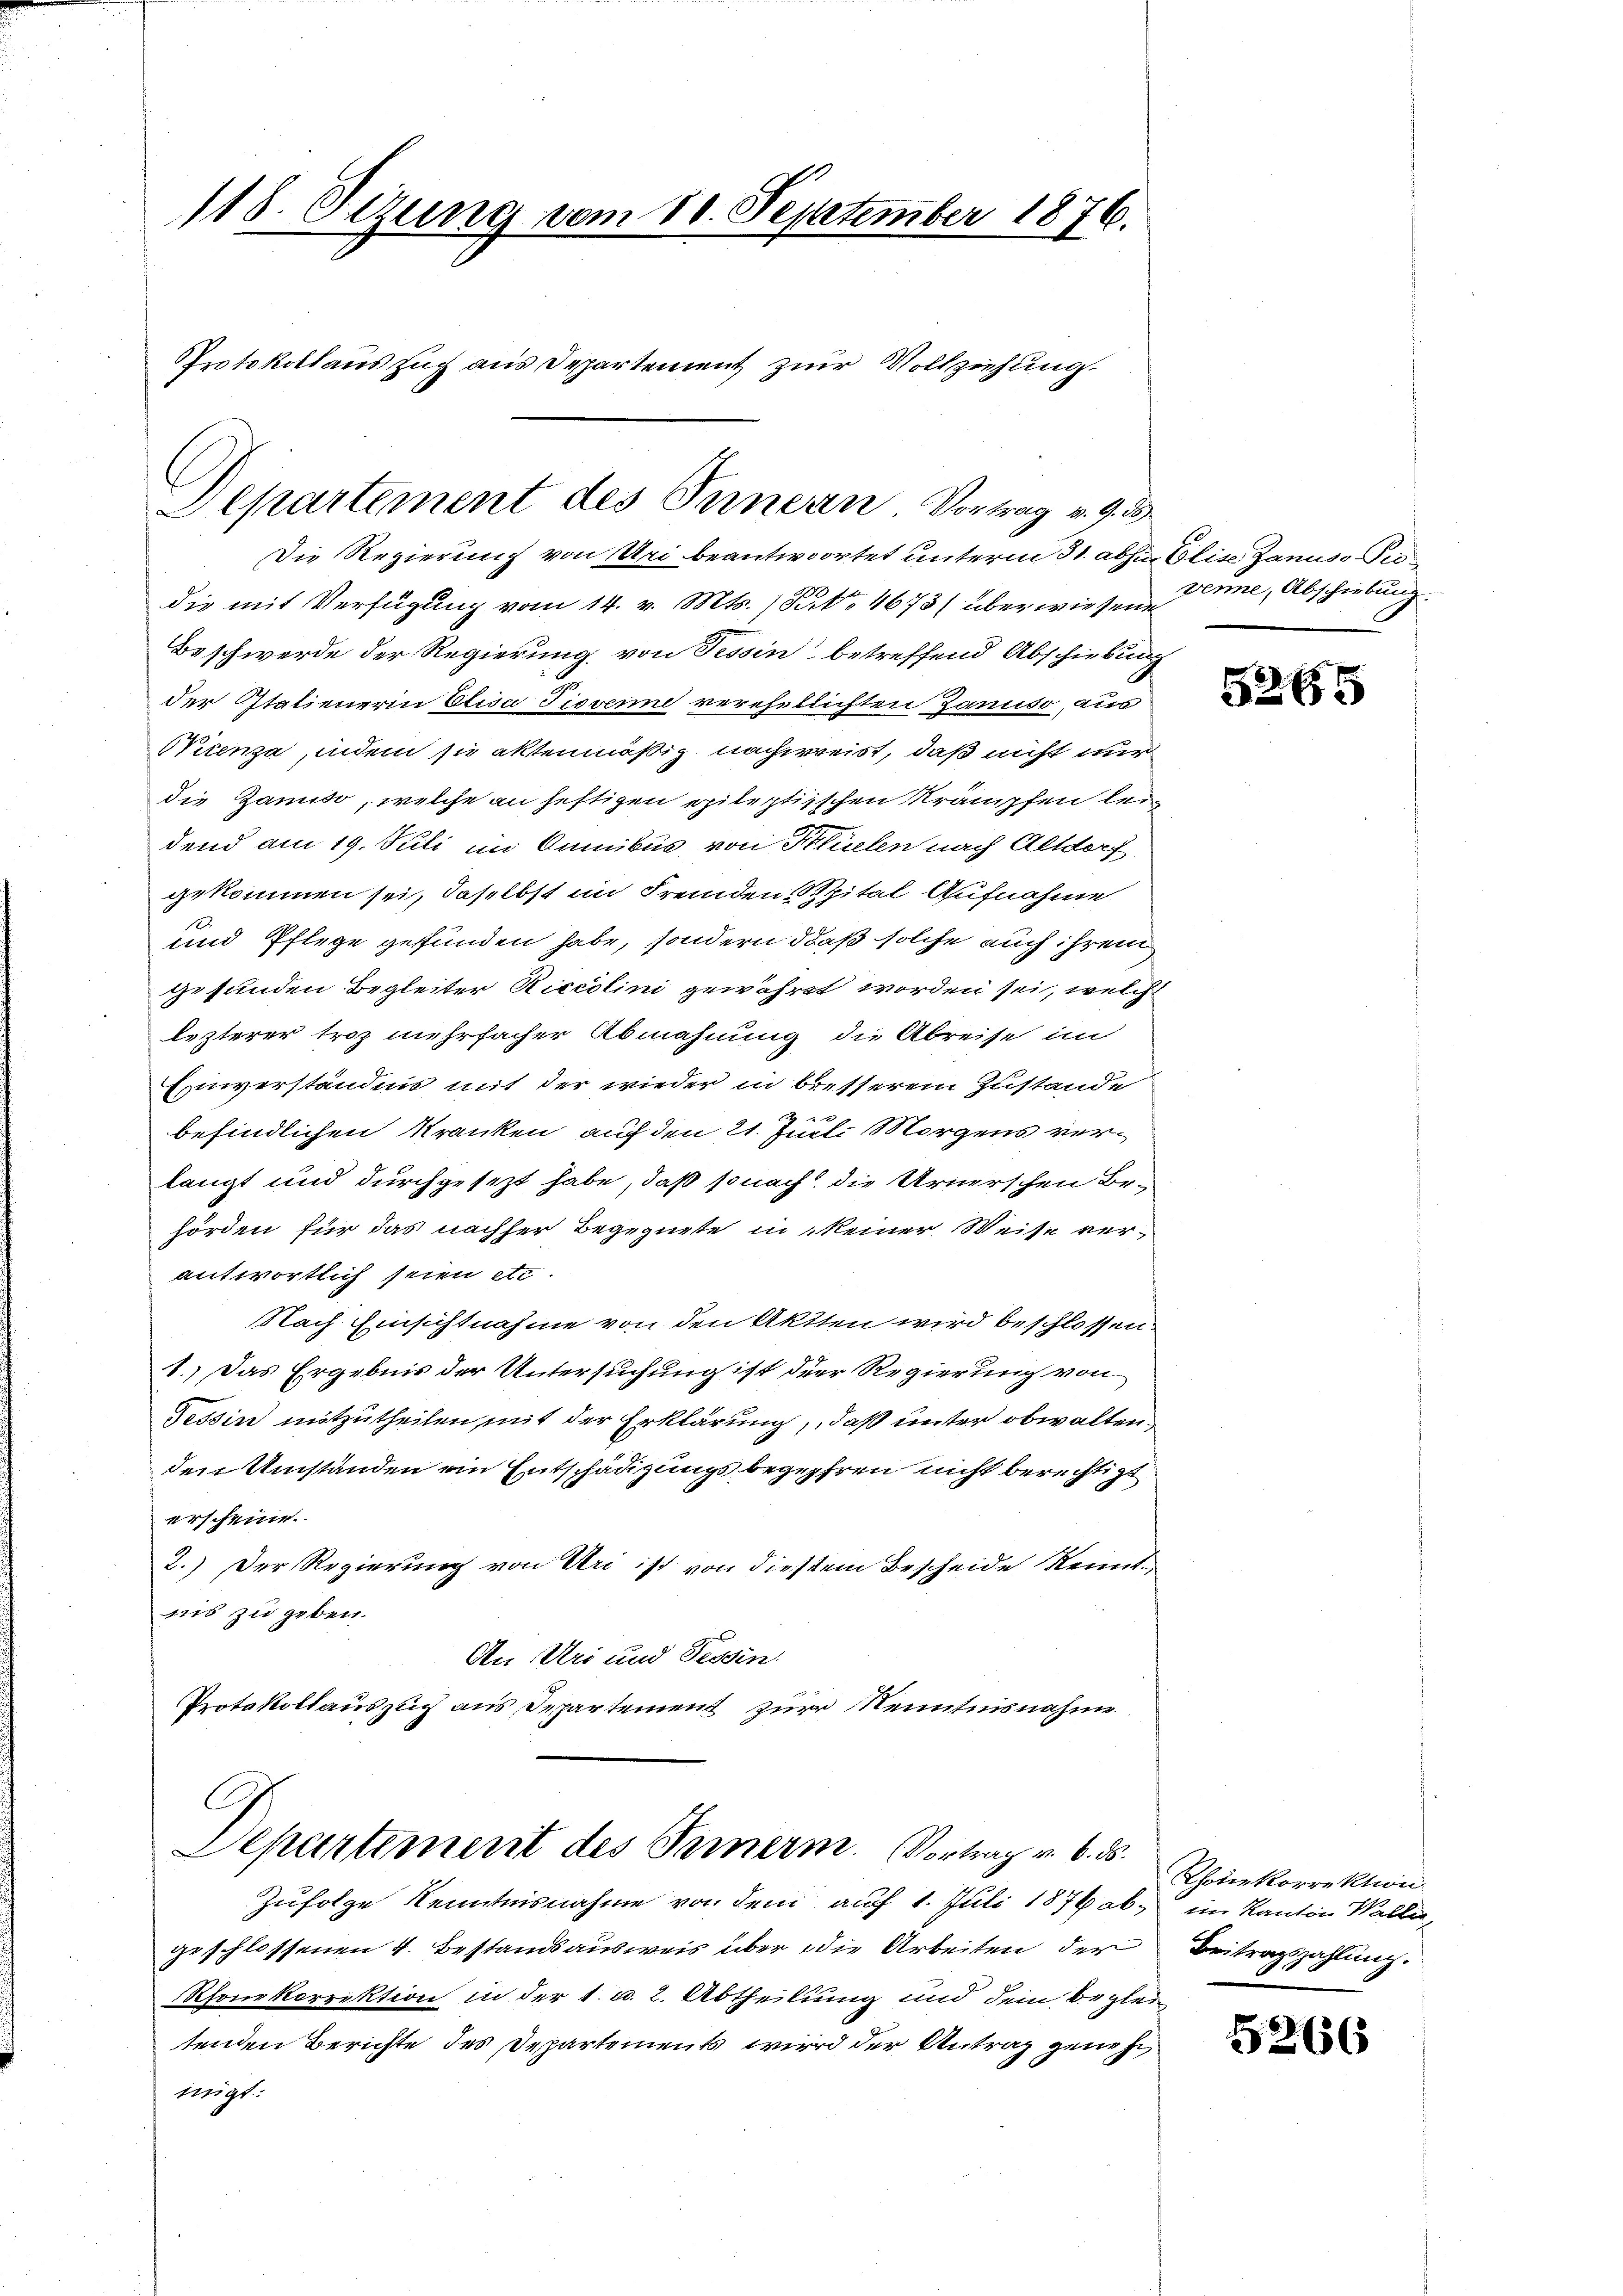
118. Sezung vom 10. September 1876.
Protokollauszug aus Departement zur Vollziehung

Departement des Innern Vortrag v. 9. 33

Die Regierung von Uri beantwortet unterm 31. abzu Elise Zanus Prodie mit Verfügung vom 14. v. Mts. (Parte 4673/ überwiesene
Beschwerde der Regierung von Tessin betreffend Abschiebung
der Statienerin Elisa Fiovenne verehellichten Januso, aus
Nicenza, indem sie aktenmäßig nachweist, daß nicht nur
die Zamiso, welche an heftigen epileptischen Krämpfen lei
dend am 19. Juli im Omnibus von Flüelen nach Altdorf
gekommen sei, daselbst im Fremden Spital Aufnahme
und Pflege gefunden habe, sondern daß solche auch ihrem
gefunden Begleiter Riccolini gewährt worden sei, welch
lezterer troz mehrfacher Abmahnung die Abreise im
Einverständnis mit der wieder in bretterem Zustande
befindlichen Kranken auf den 21. Juli Morgens verlangt und durchgesezt habe, daß sonach die Urnerschen Behörden für das nachher Begegnete in keiner Weise ver-
antwortlich seien etc
NNach Einsichtnahme von den Aktten wird beschlossen.
1.) Das Ergebnis der Untersuchung ist der Regierung von
Tessin mitzutheilen mit der Erklärung, daß unter obwalten,
den Umständen ein Entschädigungsbegehren nicht berechtigt
erscheune.
2.) Der Regierung von Uri ist von diesem Bescheide Kenntnis zu geben.
An Uri und Tessin.
Protokollauszug aus Departement zur Kenntnisnahme
G
Departement des Innern. Vortrag v. 6. ds.
Zufolge Kenntnisnahme von dem auf 1. Juli 1876 ab, im Kanton Walle,
geschlossenen 4. Bestandsausweis über die Arbeiten der Beitragszahlung.
Rhonkorrektion in der 1. u. 2. Abtheilung und dem Begleitenden Berichte des Departements wird der Antrag genehngt:

vene, Abschiebung.

5265

Rhetickerrektion

5266